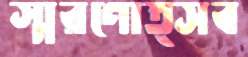
স্মরণোত্সব